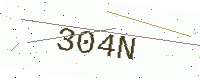
Text: 304N